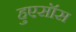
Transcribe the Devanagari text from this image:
हुएसॉस